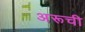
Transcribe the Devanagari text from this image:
अरूची